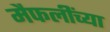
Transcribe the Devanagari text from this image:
मैफलींच्या